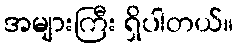
အများကြီး ရှိပါတယ်။